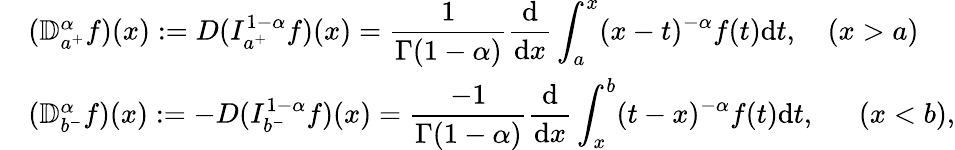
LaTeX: \begin{array}{lll}&{({\mathbb D}_{a^{+}}^{\alpha}f)(x):=D(I_{a^{+}}^{1-\alpha}f)(x)=\displaystyle\frac{1}{\Gamma(1-\alpha)}\frac{\mathrm{d}}{\mathrm{d}x}\int_{a}^{x}(x-t)^{-\alpha}f(t)\mathrm{d}t,\quad(x>a)}\\ &{({\mathbb D}_{b^{-}}^{\alpha}f)(x):=-D(I_{b^{-}}^{1-\alpha}f)(x)=\displaystyle\frac{-1}{\Gamma(1-\alpha)}\frac{\mathrm{d}}{\mathrm{d}x}\int_{x}^{b}(t-x)^{-\alpha}f(t)\mathrm{d}t,\quad~~(x<b),}\end{array}